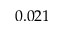
0 . 0 2 1